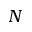
N